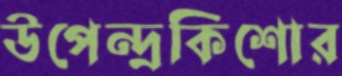
উপেন্দ্রকিশোর